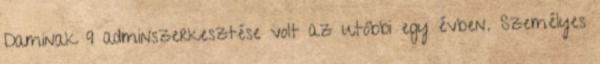
Daminak 9 adminszerkesztése volt az utóbbi egy évben. Személyes